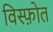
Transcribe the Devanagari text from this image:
विस्फ़ोत